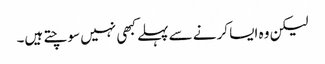
لیکن وہ ایسا کرنے سے پہلے کبھی نہیں سوچتے ہیں۔